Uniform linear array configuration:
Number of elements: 48
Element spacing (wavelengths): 0.25
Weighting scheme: hamming
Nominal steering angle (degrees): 45
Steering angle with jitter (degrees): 43.218
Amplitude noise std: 0.05
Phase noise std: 0.05

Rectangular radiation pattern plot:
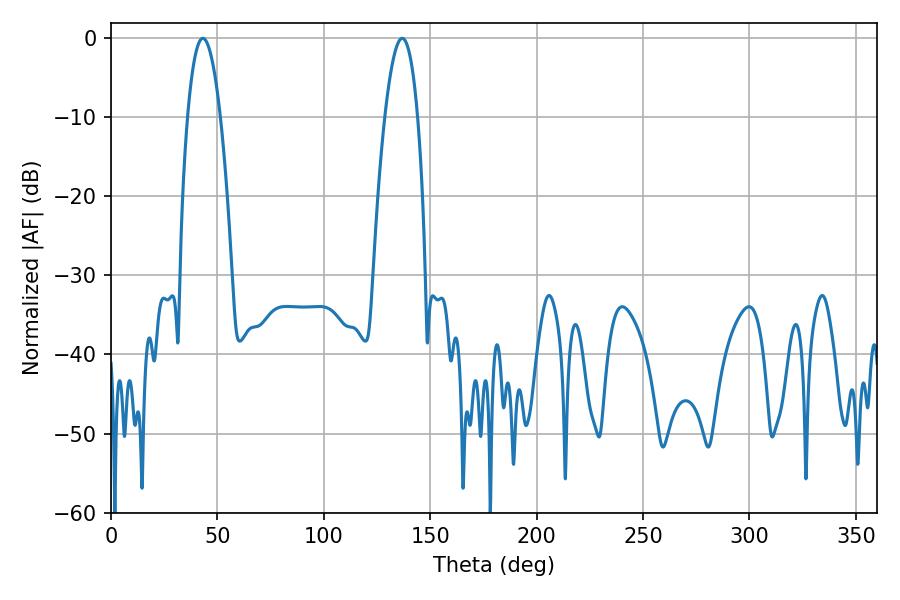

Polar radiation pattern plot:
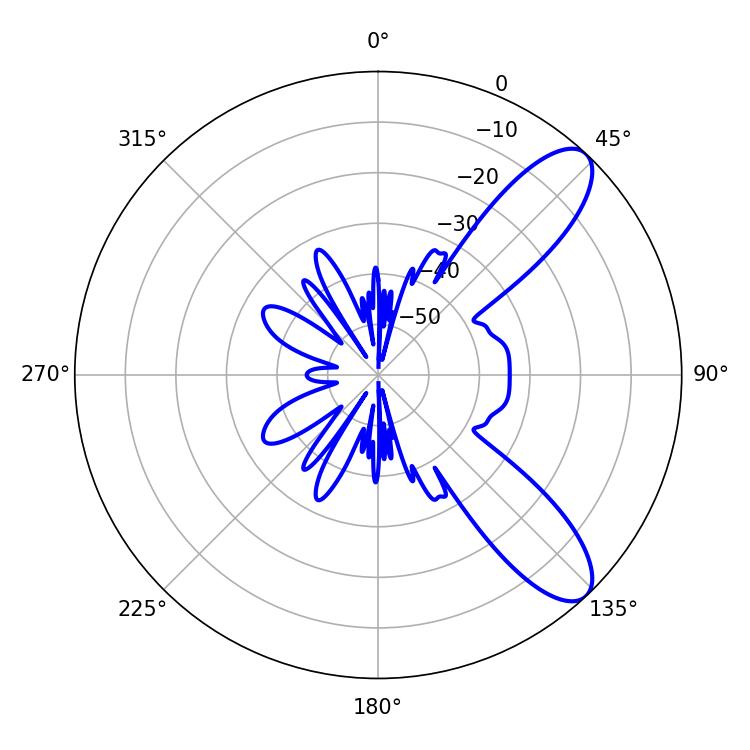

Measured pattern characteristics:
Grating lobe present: FALSE
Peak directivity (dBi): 9.603
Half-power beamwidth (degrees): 8.46
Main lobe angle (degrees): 136.8